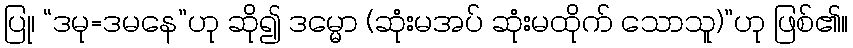
ပြု၊ “ဒမု=ဒမနေ”ဟု ဆို၍ ဒမ္မော (ဆုံးမအပ် ဆုံးမထိုက် သောသူ)”ဟု ဖြစ်၏။